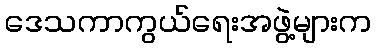
ဒေသကာကွယ်ရေးအဖွဲ့များက